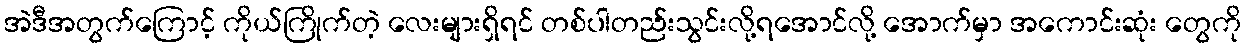
အဲဒီအတွက်ကြောင့် ကိုယ်ကြိုက်တဲ့ လေးများရှိရင် တစ်ပါတည်းသွင်းလို့ရအောင်လို့ အောက်မှာ အကောင်းဆုံး တွေကို